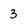
Character: 3